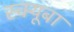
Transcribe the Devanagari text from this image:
स्क्यूबा